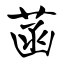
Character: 菡